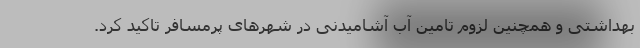
بهداشتی و همچنین لزوم تامین آب آشامیدنی در شهرهای پرمسافر تاکید کرد.